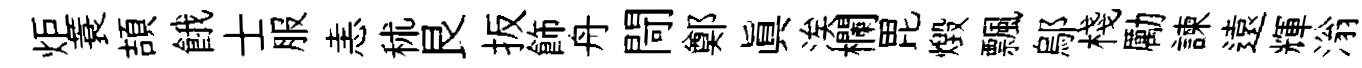
炬蓑頡餓士服恚秫艮扳飾舟閜鄭眞涘欄毘燬飄鄔棧勵諫遠輝滃